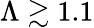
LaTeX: \Lambda\gtrsim 1.1